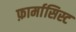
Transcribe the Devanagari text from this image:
फ़ार्मासिस्ट